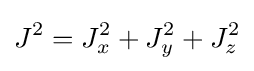
J^{2}=J_{x}^{2}+J_{y}^{2}+J_{z}^{2}